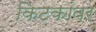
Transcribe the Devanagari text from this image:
किटकांवर